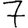
Digit: 7